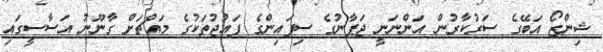
ޝިންޒޯ އަބޭގެ ސަރުކާރުން އަންނަނީ ޖަޕާނުގެ ސިފައިންގެ ފައުޖުތަކުގެ މައްޗަށް ގާނޫނު އަސާސީގައި